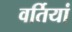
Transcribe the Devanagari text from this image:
वर्तियां